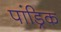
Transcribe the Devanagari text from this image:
पांड्रिक